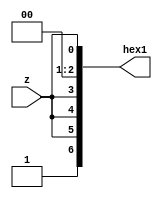
module circuitB(input z,output [6:0]hex1);
assign hex1[6]=1'b1;
assign hex1[2:1]=2'b00;
assign hex1[5]=z;
assign hex1[4]=z;
assign hex1[3]=z;
assign hex1[0]=z;
endmodule